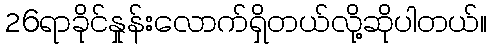
26ရာခိုင်နှုန်းလောက်ရှိတယ်လို့ဆိုပါတယ်။